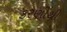
કરણીથી